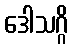
ဒေါသဂ္ဂိ